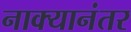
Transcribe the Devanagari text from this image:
नाक्यानंतर